Source: Handwritten
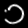
Digit: ၁ (1)